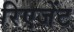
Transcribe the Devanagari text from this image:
रिएजेंट